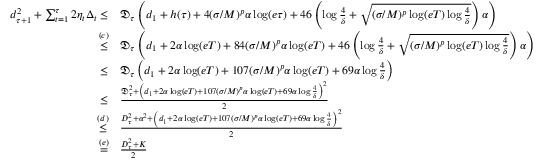
\begin{array} { r l } { d _ { \tau + 1 } ^ { 2 } + \sum _ { t = 1 } ^ { \tau } 2 \eta _ { t } \Delta _ { t } \leq } & { \mathfrak { D } _ { \tau } \left( d _ { 1 } + h ( \tau ) + 4 ( \sigma / M ) ^ { p } \alpha \log ( e \tau ) + 4 6 \left( \log \frac { 4 } { \delta } + \sqrt { ( \sigma / M ) ^ { p } \log ( e T ) \log \frac { 4 } { \delta } } \right) \alpha \right) } \\ { \overset { ( c ) } { \leq } } & { \mathfrak { D } _ { \tau } \left( d _ { 1 } + 2 \alpha \log ( e T ) + 8 4 ( \sigma / M ) ^ { p } \alpha \log ( e T ) + 4 6 \left( \log \frac { 4 } { \delta } + \sqrt { ( \sigma / M ) ^ { p } \log ( e T ) \log \frac { 4 } { \delta } } \right) \alpha \right) } \\ { \leq } & { \mathfrak { D } _ { \tau } \left( d _ { 1 } + 2 \alpha \log ( e T ) + 1 0 7 ( \sigma / M ) ^ { p } \alpha \log ( e T ) + 6 9 \alpha \log \frac { 4 } { \delta } \right) } \\ { \leq } & { \frac { \mathfrak { D _ { \tau } ^ { 2 } } + \left( d _ { 1 } + 2 \alpha \log ( e T ) + 1 0 7 ( \sigma / M ) ^ { p } \alpha \log ( e T ) + 6 9 \alpha \log \frac { 4 } { \delta } \right) ^ { 2 } } { 2 } } \\ { \overset { ( d ) } { \leq } } & { \frac { D _ { \tau } ^ { 2 } + \alpha ^ { 2 } + \left( d _ { 1 } + 2 \alpha \log ( e T ) + 1 0 7 ( \sigma / M ) ^ { p } \alpha \log ( e T ) + 6 9 \alpha \log \frac { 4 } { \delta } \right) ^ { 2 } } { 2 } } \\ { \overset { ( e ) } { = } } & { \frac { D _ { \tau } ^ { 2 } + K } { 2 } } \end{array}